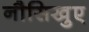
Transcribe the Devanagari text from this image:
नौसिखुए